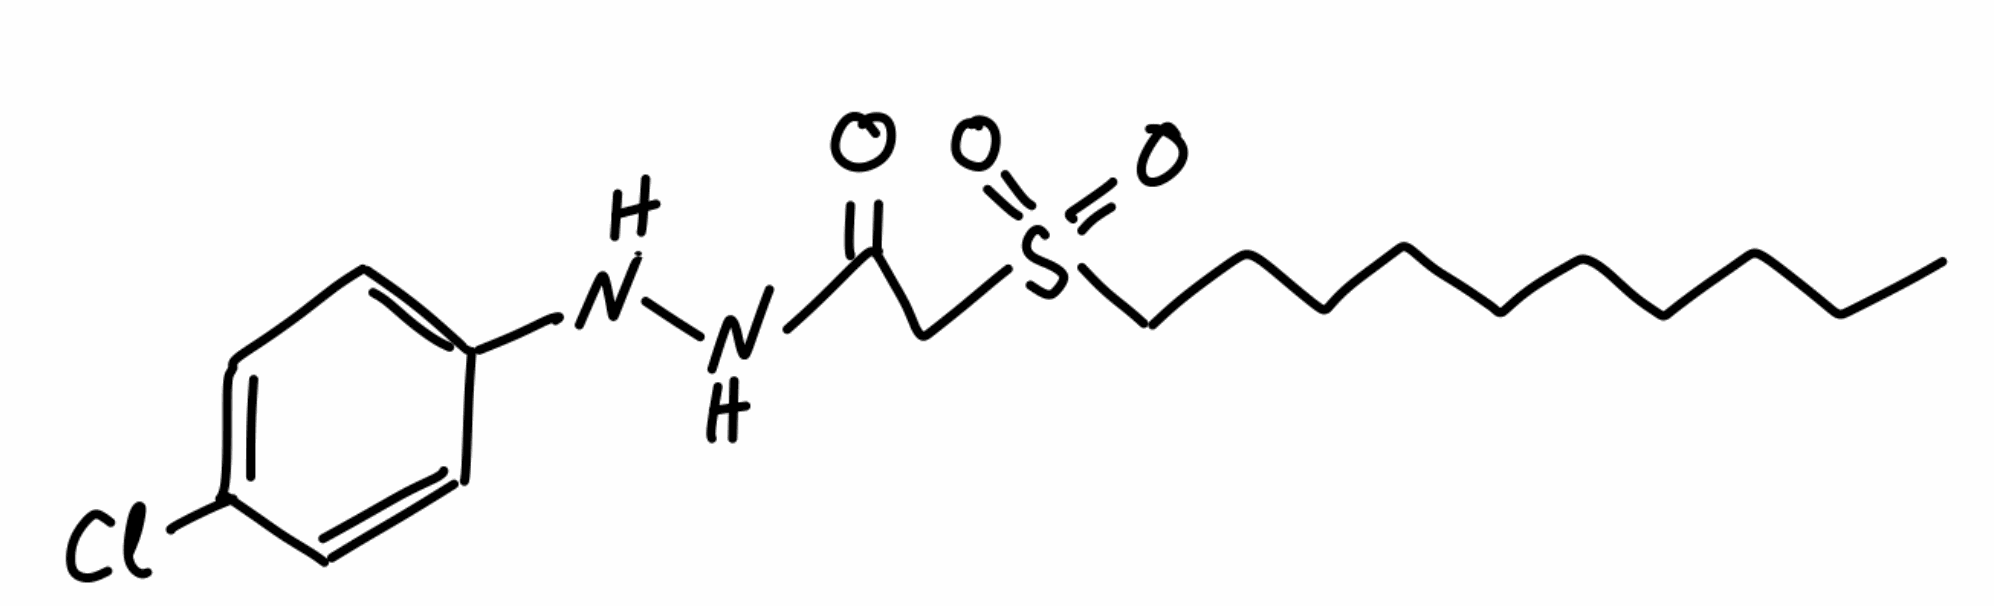
Simplified molecular-input line-entry system (SMILES) notation of the given molecule:
CCCCCCCCCCS(=O)(=O)CC(=O)NNC1=CC=C(C=C1)Cl